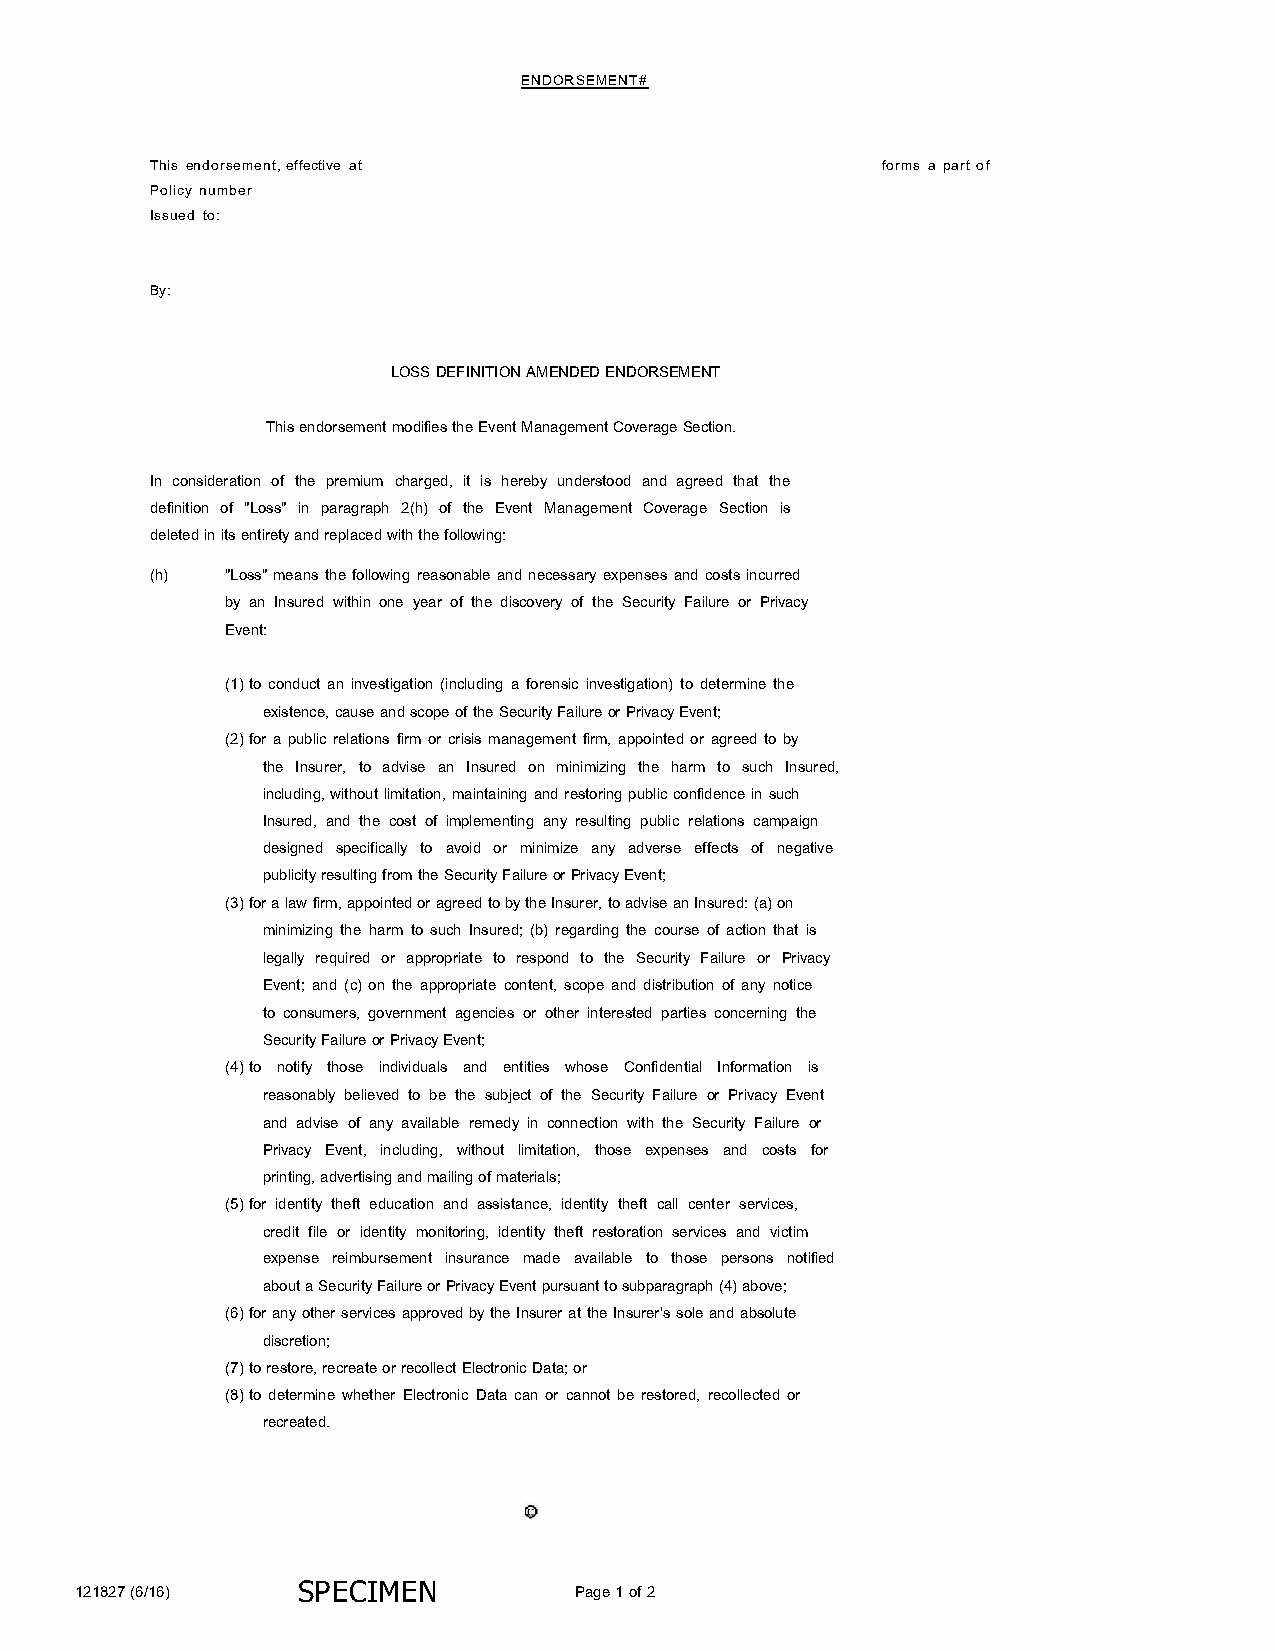
ENDORSEMENT#
 This endorsement, effective at                  forms a part of
 Policy number
 Issued to:
 By:
 LOSS DEFINITION AMENDED ENDORSEMENT
 This endorsement modifies the Event Management Coverage Section.
 In consideration of the premium charged, it is hereby understood and agreed that the
 definition of "Loss" in paragraph 2(h) of the Event Management Coverage Section is
 deleted in its entirety and replaced with the following:
 (h)  "Loss" means the following reasonable and necessary expenses and costs incurred
 by an Insured within one year of the discovery of the Security Failure or Privacy
 Event:
 (1) to conduct an investigation (including a forensic investigation) to determine the
 existence, cause and scope of the Security Failure or Privacy Event;
 (2) for a public relations firm or crisis management firm, appointed or agreed to by
 the Insurer, to advise an Insured on minimizing the harm to such Insured,
 including, without limitation, maintaining and restoring public confidence in such
 Insured, and the cost of implementing any resulting public relations campaign
 designed specifically to avoid or minimize any adverse effects of negative
 publicity resulting from the Security Failure or Privacy Event;
 (3) for a law firm, appointed or agreed to by the Insurer, to advise an Insured: (a) on
 minimizing the harm to such Insured; (b) regarding the course of action that is
 legally required or appropriate to respond to the Security Failure or Privacy
 Event; and (c) on the appropriate content, scope and distribution of any notice
 to consumers, government agencies or other interested parties concerning the
 Security Failure or Privacy Event;
 (4) to notify those individuals and entities whose Confidential Information is
 reasonably believed to be the subject of the Security Failure or Privacy Event
 and advise of any available remedy in connection with the Security Failure or
 Privacy Event, including, without limitation, those expenses and costs for
 printing, advertising and mailing of materials;
 (5) for identity theft education and assistance, identity theft call center services,
 credit file or identity monitoring, identity theft restoration services and victim
 expense reimbursement insurance made available to those persons notified
 about a Security Failure or Privacy Event pursuant to subparagraph (4) above;
 (6) for any other services approved by the Insurer at the Insurer's sole and absolute
 discretion;
 (7) to restore, recreate or recollect Electronic Data; or
 (8) to determine whether Electronic Data can or cannot be restored, recollected or
 recreated.
 121827 (6/16)  SP ECIMEN         Page 1 of 2